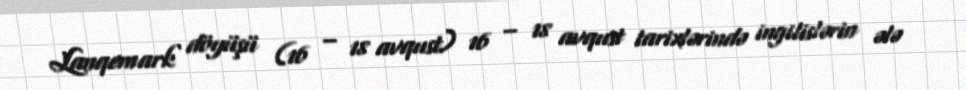
Lanqemark döyüşü (16 – 18 avqust) 16 – 18 avqust tarixlərində ingilislərin ələ